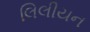
લિલીયન